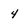
Character: 4